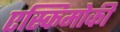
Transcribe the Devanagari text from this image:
एस्किमोकी